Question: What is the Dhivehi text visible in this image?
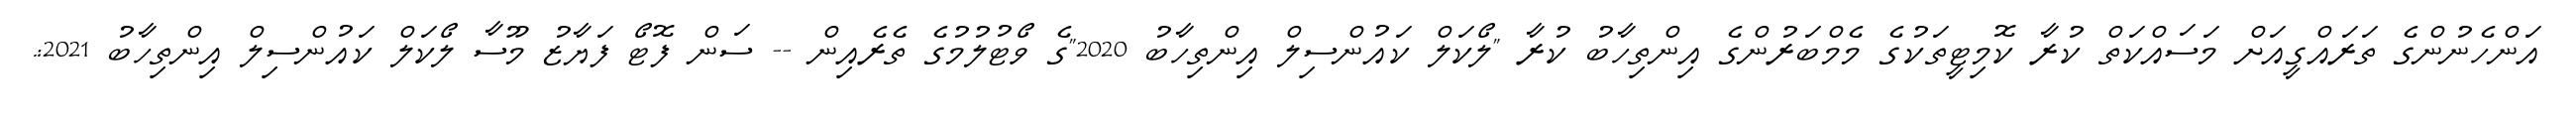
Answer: އަންހެނުންގެ ތަރައްގީއަށް މަސައްކަތް ކުރާ ކޮމިޓީތަކުގެ މެމްބަރުންގެ އިންތިހާބު ކުރާ "ލޯކަލް ކައުންސިލް އިންތިހާބު 2020"ގެ ވޯޓުލުމުގެ ތެރެއިން -- ސަން ފޮޓޯ ފަޔާޒު މޫސާ ލޯކަލް ކައުންސިލް އިންތިހާބު 2021:.